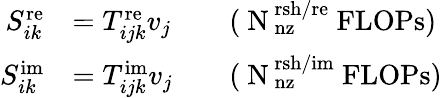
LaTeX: \begin{array}{rlrl}{S_{ik}^{\mathrm{re}}}&{=T_{ijk}^{\mathrm{re}}v_{j}}&&{\mathrm{(~N_\mathrm{~nz}^\mathrm{~rsh/re}~FLOPs)}}\\ {S_{ik}^{\mathrm{im}}}&{=T_{ijk}^{\mathrm{im}}v_{j}}&&{\mathrm{(~N_\mathrm{~nz}^\mathrm{~rsh/im}~FLOPs)}}\end{array}